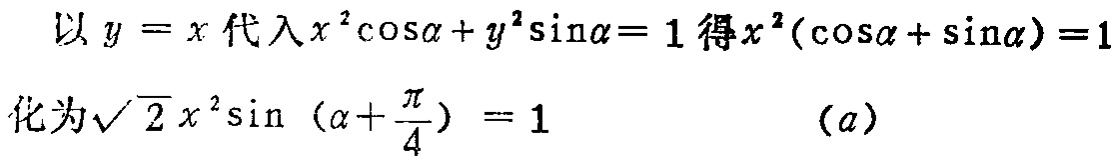
以\(y = x\)代入\(x^{2}\cos\alpha + y^{2}\sin\alpha= 1\)得\(x^{2}(\cos\alpha + \sin\alpha)=1\)
化为\(\sqrt{2}x^{2}\sin \left(\alpha+\frac{\pi}{4}\right) = 1\)  \((a)\)